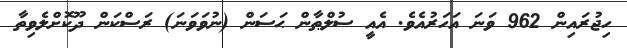
ހިޖުރައިން 962 ވަނަ އަހަރުއެވެ. އެއީ ސުލްޠާން ޙަސަން (ނުވަވަނަ) ރަސްކަން ދޫކޮށްލެވިތާ